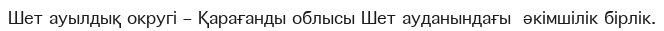
Шет ауылдық округі – Қарағанды облысы Шет ауданындағы  әкімшілік бірлік.